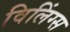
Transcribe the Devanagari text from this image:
विलिंग्स